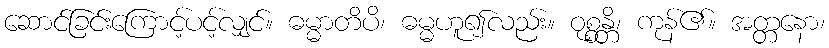
ဆောင်ခြင်းကြောင့်ပင့်လျှင်။ ဓမ္မာတိပိ၊ ဓမ္မဟူ၍လည်း။ ဝုစ္စန္တိ၊ ကုန်၏။ အတ္တနော၊